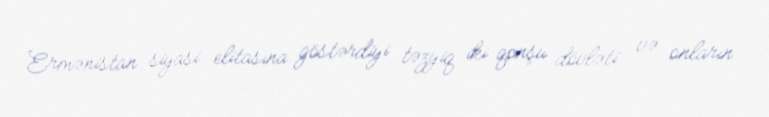
Ermənistan siyasi elitasına göstərdiyi təzyiq iki qonşu dövləti və onların